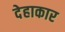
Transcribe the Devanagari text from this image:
देहाकार